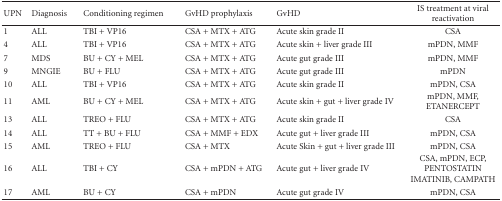
<table><thead><tr><td><b>UPN</b></td><td><b>Diagnosis</b></td><td><b>Conditioning regimen</b></td><td><b>GvHD prophylaxis</b></td><td><b>GvHD</b></td><td><b>IS treatment at viral reactivation</b></td></tr></thead><tbody><tr><td>1</td><td>ALL</td><td>TBI + VP16</td><td>CSA + MTX + ATG</td><td>Acute skin grade II</td><td>CSA</td></tr><tr><td>4</td><td>ALL</td><td>TBI + VP16</td><td>CSA + MTX + ATG</td><td>Acute skin + liver grade III</td><td>mPDN, MMF</td></tr><tr><td>7</td><td>MDS</td><td>BU + CY + MEL</td><td>CSA + MTX + ATG</td><td>Acute gut grade III</td><td>mPDN, MMF</td></tr><tr><td>9</td><td>MNGIE</td><td>BU + FLU</td><td>CSA + MTX + ATG</td><td>Acute gut grade III</td><td>mPDN</td></tr><tr><td>10</td><td> ALL</td><td>TBI + VP16</td><td>CSA + MTX + ATG</td><td>Acute skin grade II</td><td>mPDN, CSA</td></tr><tr><td>11</td><td> AML</td><td>BU + CY + MEL</td><td>CSA + MTX + ATG</td><td>Acute skin + gut + liver grade IV</td><td> mPDN, MMF, ETANERCEPT</td></tr><tr><td>13</td><td>ALL</td><td> TREO + FLU</td><td>CSA + MTX + ATG</td><td> Acute skin grade II</td><td>CSA</td></tr><tr><td>14</td><td>ALL</td><td>TT + BU + FLU</td><td>CSA + MMF + EDX</td><td>Acute gut + liver grade III</td><td>mPDN, CSA</td></tr><tr><td>15</td><td>AML</td><td>TREO + FLU</td><td>CSA + MTX</td><td>Acute Skin + gut + liver grade III</td><td>mPDN, CSA</td></tr><tr><td>16</td><td>ALL</td><td>TBI + CY</td><td>CSA + mPDN + ATG</td><td>Acute gut + liver grade IV</td><td>CSA, mPDN, ECP, PENTOSTATIN IMATINIB, CAMPATH</td></tr><tr><td>17</td><td> AML</td><td>BU + CY</td><td> CSA + mPDN</td><td>Acute gut grade IV</td><td>mPDN, CSA</td></tr></tbody></table>